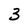
Character: 3